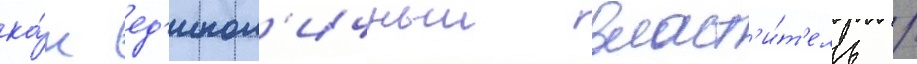
ка́к ед'инол'ичныи власт'и́т'ель /